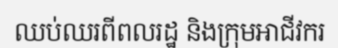
ឈប់ឈរពីពលរដ្ឋ និងក្រុមអាជីវករ